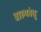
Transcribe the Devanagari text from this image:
बाल्यबंधु